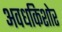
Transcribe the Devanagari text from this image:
अवधकिशोर